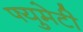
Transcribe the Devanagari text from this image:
फ्युमेटी